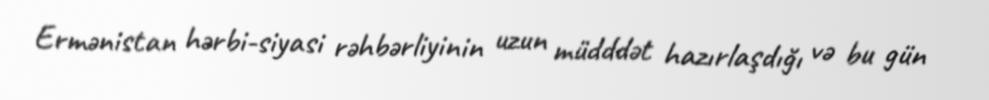
Ermənistan hərbi-siyasi rəhbərliyinin uzun müdddət hazırlaşdığı və bu gün